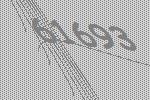
61693